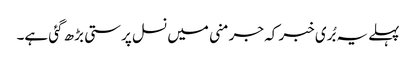
پہلے یہ بُری خبر کہ جرمنی میں نسل پرستی بڑھ گئی ہے۔